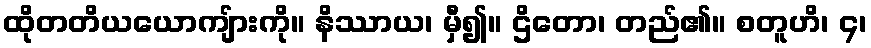
ထိုတတိယယောကျ်ားကို။ နိဿာယ၊ မှီ၍။ ဌိတော၊ တည်၏။ စတူဟိ၊ ၄၊